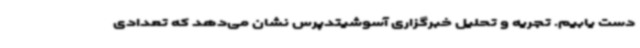
دست یابیم. تجریه و تحلیل خبرگزاری آسوشیتدپرس نشان می‌دهد که تعدادی